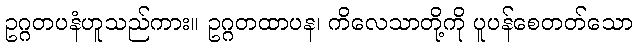
ဥဂ္ဂတပနံဟူသည်ကား။ ဥဂ္ဂတထာပန၊ ကိလေသာတို့ကို ပူပန်စေတတ်သော